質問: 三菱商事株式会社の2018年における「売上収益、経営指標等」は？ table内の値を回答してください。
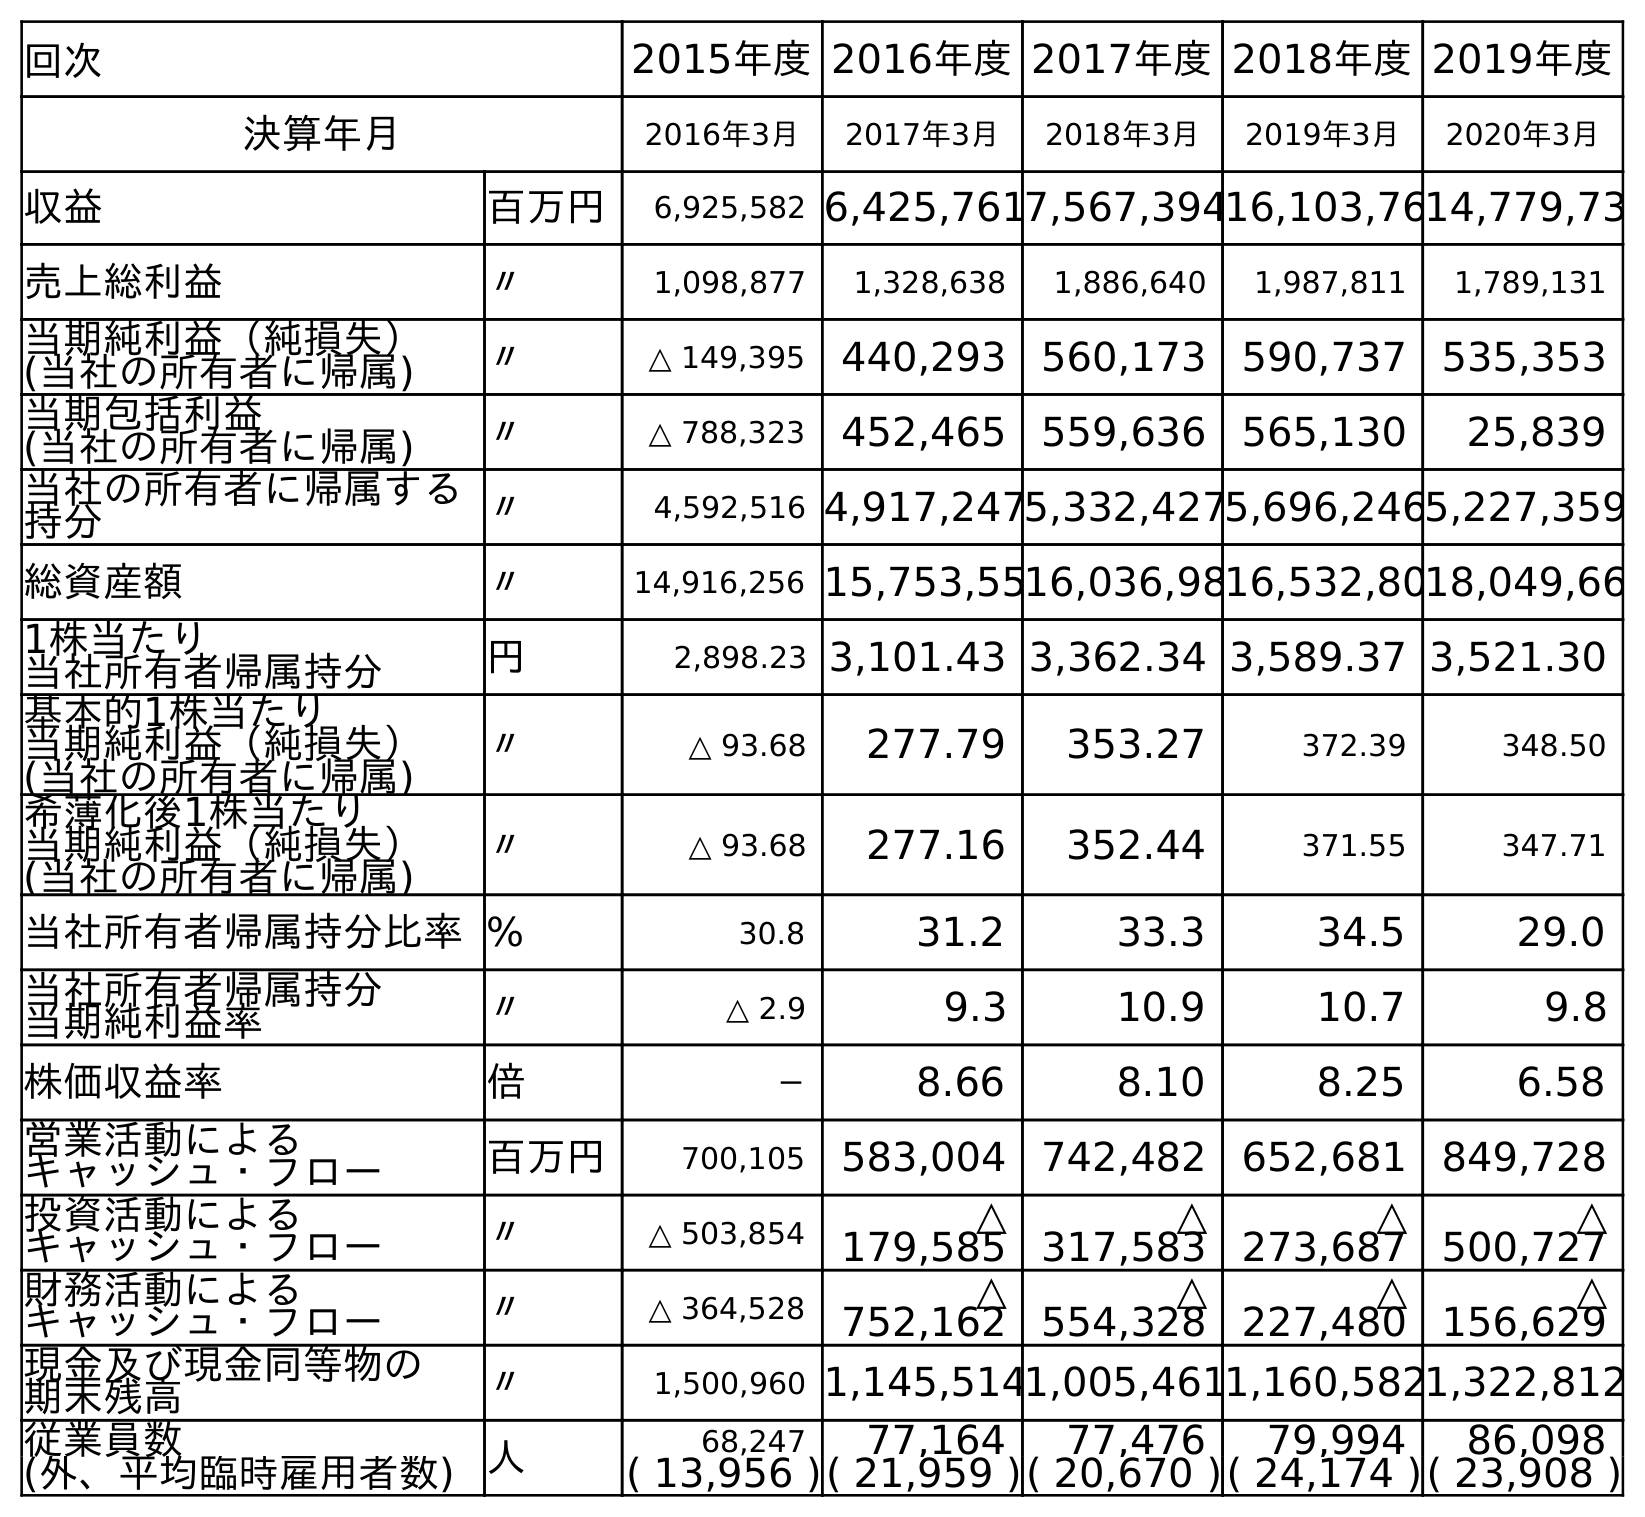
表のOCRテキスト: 回次 2015年度2016年度2017年度2018年度2019年度 決算年月 2016年3月 2017年3月 2018年3月 2019年3月 2020年3月 収益 百万円 6,925,582 6,425,7617,567,39416,103,7614,779,73 売上総利益 〃 1,098,877 1,328,638 1,886,640 1,987,811 1,789,131 当期純利益（純損失） (当社の所有者に帰属) 〃 △ 149,395 440,293 560,173 590,737 535,353 当期包括利益 (当社の所有者に帰属) 〃 △ 788,323 452,465 559,636 565,130 25,839 当社の所有者に帰属する 持分 〃 4,592,516 4,917,2475,332,4275,696,2465,227,359 総資産額 〃 14,916,256 15,753,5516,036,9816,532,8018,049,66 1株当たり 当社所有者帰属持分 円 2,898.23 3,101.43 3,362.34 3,589.37 3,521.30 基本的1株当たり 当期純利益（純損失） (当社の所有者に帰属) 〃 △ 93.68 277.79 353.27 372.39 348.50 希薄化後1株当たり 当期純利益（純損失） (当社の所有者に帰属) 〃 △ 93.68 277.16 352.44 371.55 347.71 当社所有者帰属持分比率% 30.8 31.2 33.3 34.5 29.0 当社所有者帰属持分 当期純利益率 〃 △ 2.9 9.3 10.9 10.7 9.8 株価収益率 倍 － 8.66 8.10 8.25 6.58 営業活動による キャッシュ・フロー 百万円 700,105 583,004 742,482 652,681 849,728 投資活動による キャッシュ・フロー 〃 △ 503,854 △ 179,585 △ 317,583 △ 273,687 △ 500,727 財務活動による キャッシュ・フロー 〃 △ 364,528 △ 752,162 △ 554,328 △ 227,480 △ 156,629 現金及び現金同等物の 期末残高 〃 1,500,960 1,145,5141,005,4611,160,5821,322,812 従業員数 人 68,247 77,164 77,476 79,994 86,098 (外、平均臨時雇用者数) ( 13,956 )( 21,959 )( 20,670 )( 24,174 )( 23,908 )
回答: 7,567,394